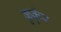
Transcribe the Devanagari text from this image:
कुर्कुर